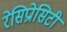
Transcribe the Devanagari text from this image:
रेसिप्रोसिटी